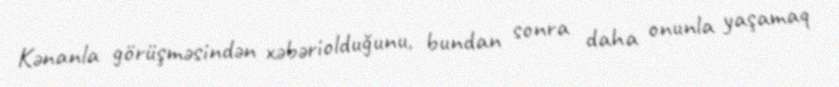
Kənanla görüşməsindən xəbəriolduğunu, bundan sonra daha onunla yaşamaq